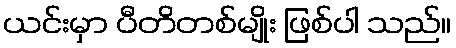
ယင်းမှာ ပီတိတစ်မျိုး ဖြစ်ပါ သည်။